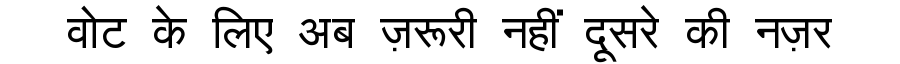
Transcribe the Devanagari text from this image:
वोट के लिए अब ज़रूरी नहीं दूसरे की नज़र